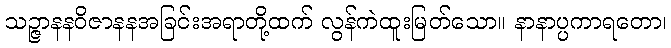
သဉ္ဇာနနဝိဇာနနအခြင်းအရာတို့ထက် လွန်ကဲထူးမြတ်သော။ နာနာပ္ပကာရတော၊